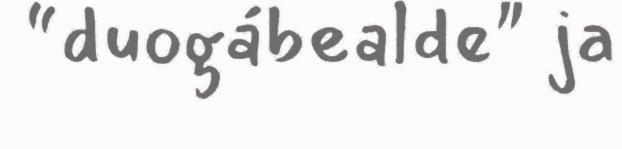
“duogábealde" ja